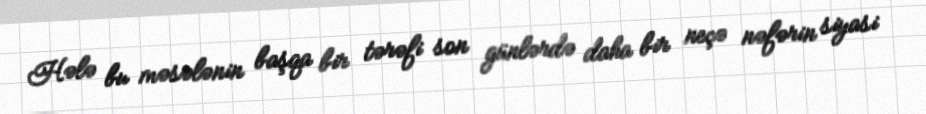
Hələ bu məsələnin başqa bir tərəfi son günlərdə daha bir neçə nəfərin siyasi